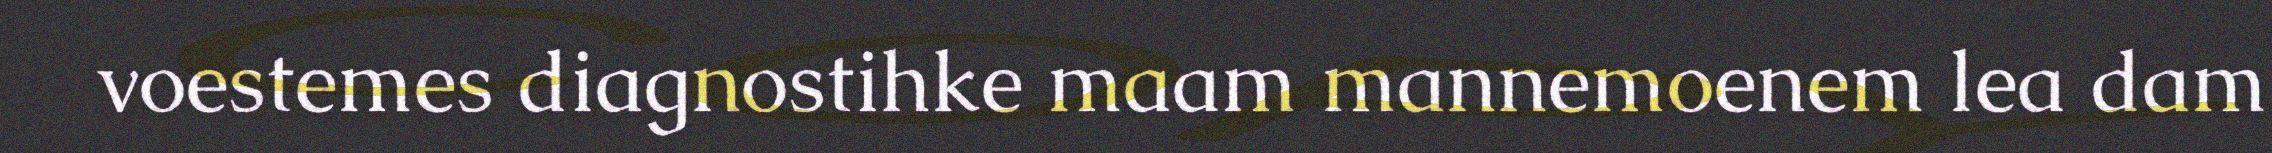
voestemes diagnostihke maam mannemoenem lea dam